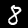
Digit: 8